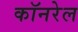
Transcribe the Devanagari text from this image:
कॉनरेल